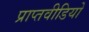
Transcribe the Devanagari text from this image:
प्राप्तवीडियो